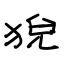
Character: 猊